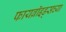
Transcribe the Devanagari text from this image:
फायब्रॉइड्सच्या